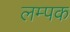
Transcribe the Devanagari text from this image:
लम्पक